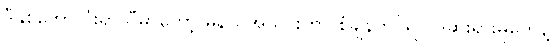
ဒီနှစ်ဘောလုံးရာသီမှာတော့ မန်ယူအသင်းဟာ စံချိန်တင်ရလဒ်ဆိုးရွားမှုတွေနဲ့